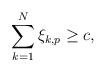
LaTeX: \begin{align*}\sum_{k=1}^N \xi_{k,p} \geq c,\end{align*}